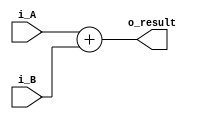
`timescale 1ns / 1ps

module adder#(
        parameter NB = 32
    )
    (
        input   [NB-1:0] i_A,
        input   [NB-1:0] i_B,
        
        output  [NB-1:0] o_result
    );
    
    assign o_result = i_A + i_B;
    
endmodule